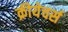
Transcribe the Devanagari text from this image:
क्रीयेचर्स